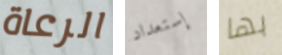
الرعاة إستعداد بها